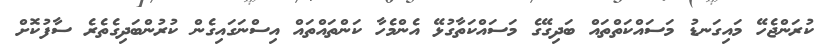
ކުރަންޖެހޭ މައިގަނޑު މަސައްކަތްތައް ބަދިގޭގެ މަސައްކަތާގުޅޭ އެންމެހާ ކަންތައްތައް އިސްނަގައިގެން ކުރުންބަދިގެތެރެ ސާފުކޮށް